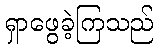
ရှာဖွေခဲ့ကြသည်